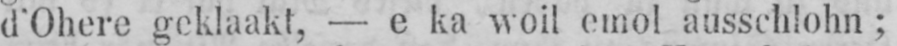
d’Ohere geklaakt, - e ka woil emol ausschlohn;